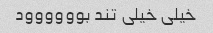
خیلی خیلی تند بوووووود